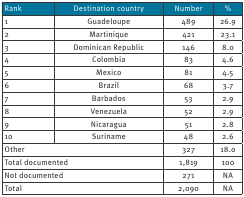
| Rank | Destination country | Number | % |
 | --- | --- | --- | --- |
 | 1 | Guadeloupe | 489 | 26.9 |
 | 2 | Martinique | 421 | 23.1 |
 | 3 | Dominican Republic | 146 | 8.0 |
 | 4 | Colombia | 83 | 4.6 |
 | 5 | Mexico | 81 | 4.5 |
 | 6 | Brazil | 68 | 3.7 |
 | 7 | Barbados | 53 | 2.9 |
 | 8 | Venezuela | 52 | 2.9 |
 | 9 | Nicaragua | 51 | 2.8 |
 | 10 | Suriname | 48 | 2.6 |
 | <COLSPAN=2> Other | 327 | 18.0 |
 | <COLSPAN=2> Total documented | 1,819 | 100 |
 | <COLSPAN=2> Not documented | 271 | NA |
 | <COLSPAN=2> Total | 2,090 | NA |